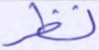
نظر